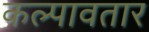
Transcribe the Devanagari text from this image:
कल्पावतार